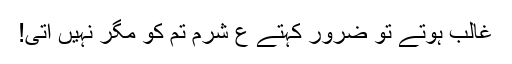
غالب ہوتے تو ضرور کہتے ع شرم تم کو مگر نہیں آتی!